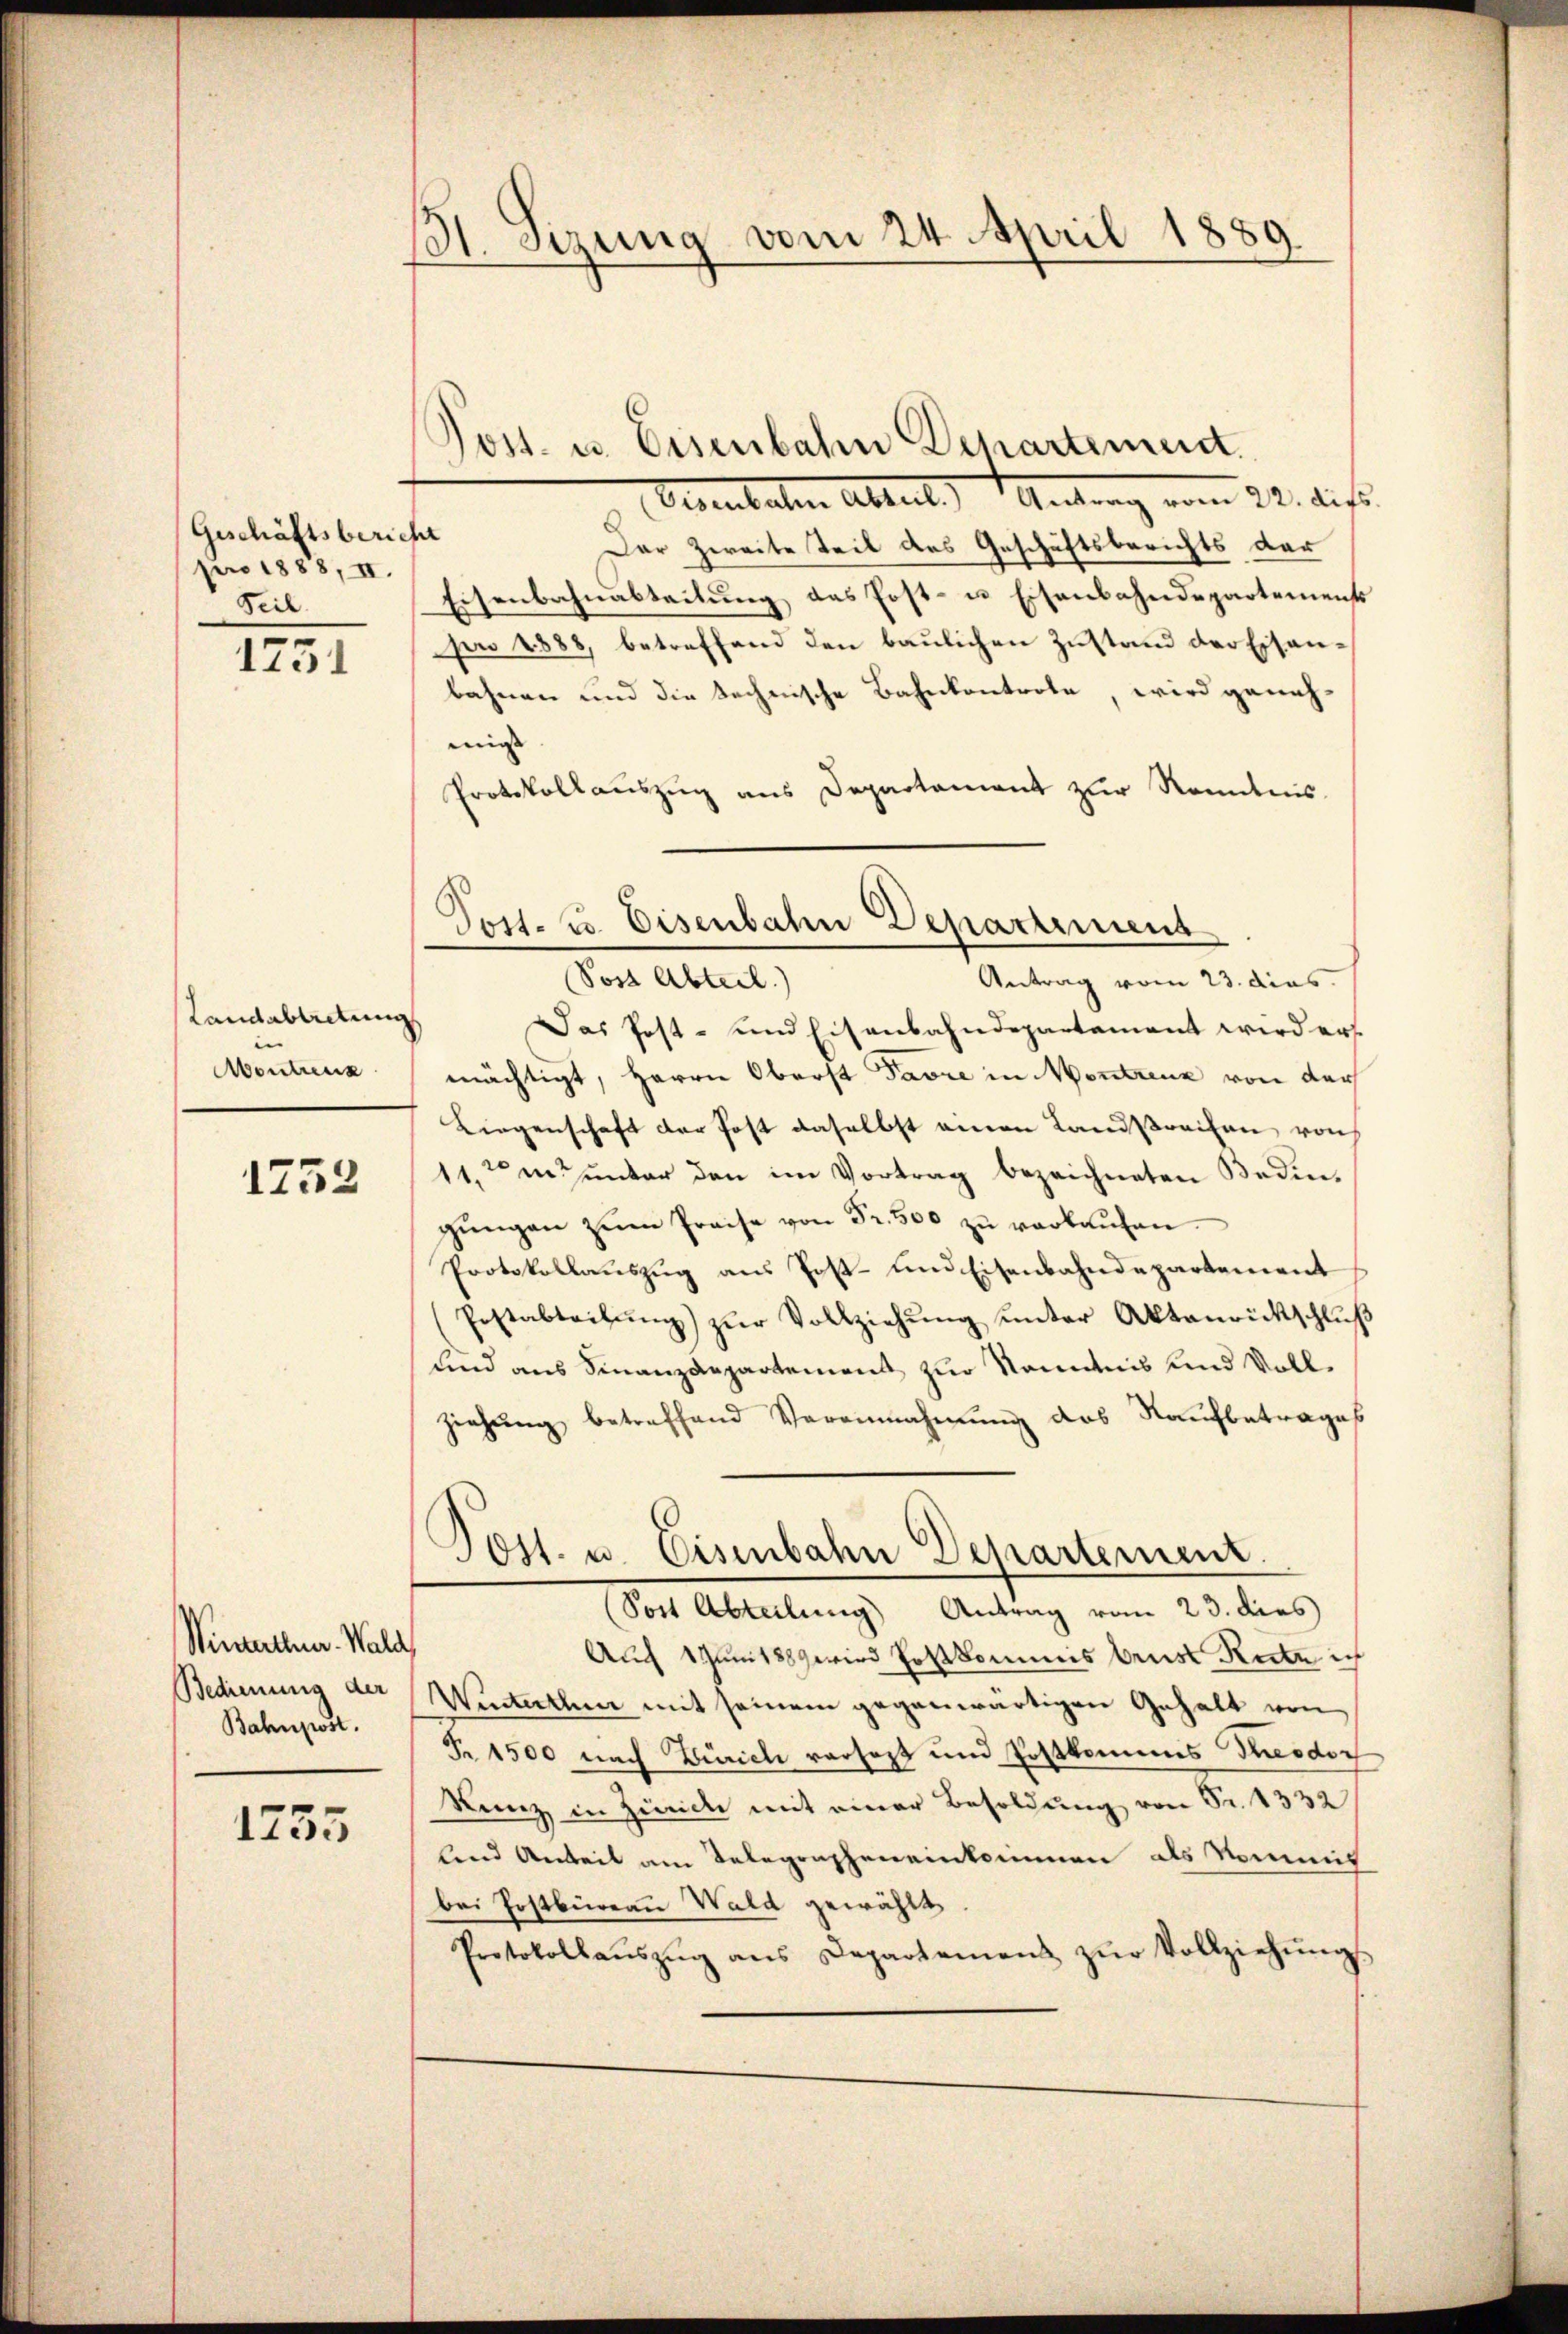
Geschäftsbericht
pro 1888, II.
Seil

1751

Landabtretung
Montreus

1752

Winterthur. Wald
Bedienung der
Bahnpost.

1755

St. Sizung vom 24. April 1889.

¬
Post- u. Eisenbahn Departement.

Post. u. Eisenbahn Departement
e

Dernbaten Abteil) Antrag vom 22. dies
Der Zweite Teil des Geschäftsberichts der
Eisenbahnabteilŭng das Post- u Eisenbahndepartements
pro 1888, betreffend den baŭlichen Zŭstand der Eisenbahnen und die technische Bahnkontrole, wird genehmigt |
Protokollauszug aus Departement zur Kenntnis.
Post Abteil)
Antrag vom 23. dies
Das Post- und Eisenbahndepartement wird ers
mächtigt, Herrn Oberst Favre in Montreux von der
Liegenschaft der Post daselbst einen Landstreifen von
11.ten unter den im Vortrag bezeichneten Bedingŭngen zŭm Preise von Fr. 500 zu verkaufen.
Protokollauszug aus Post- und Eisenbahndepartement
Erstabteilŭng zŭr Vollziehŭng ŭnter Aktenrückschlŭβ
und aus Finanzdepartement zur Kenntnis und Vollziehŭng betreffend Verannahmung des Raufbetrages
Ost. u. Eisenbahn Departement.
(Sost Abteilung Antrag vom 23. dies
Auch um 1889 wird Postkommis brust Reite ich
Winterthen mit seinem gegenwärtigen Gehalt von
Fr. 1500 nach Zürich versagt und Postkommes Theodor
Kunz in Zürich mit einer Besoldung von Sr. 1332
lend Anteil am Telegraphen einkommen als Kommit
bei Postbüreau Wald gewählt
Protokollaŭszŭg ans Departement zŭr Vollziehŭngs-